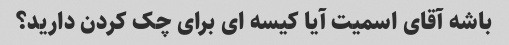
باشه آقای اسمیت آیا کیسه ای برای چک کردن دارید؟